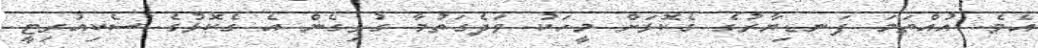
އެވެ. އުއްތަމަ ފަނޑިޔާރުގެ ގެކޮަޅަށް މީހަކު ވަދެގަތުމާ ގުޅިގެން އެ ގެކޮޅުގެ ސެކިއުރިޓީ